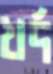
খর্দ